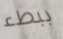
ببطء